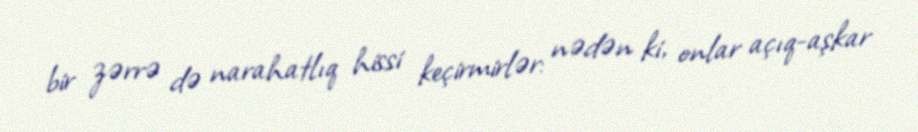
bir zərrə də narahatlıq hissi keçirmirlər: nədən ki, onlar açıq-aşkar